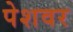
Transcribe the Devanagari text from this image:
पेशवर